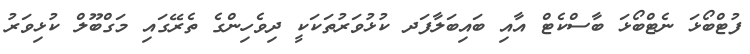
ފުޓްބޯޅަ ނެޓްބޯޅަ ބާސްކެޓް އާއި ބައިބަލާފަދ ކުޅުވަރުތަކަކީ ދިވެހިންގެ ތެރޭގައި މަގްބޫލް ކުޅިވަރު